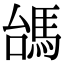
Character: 𩢠